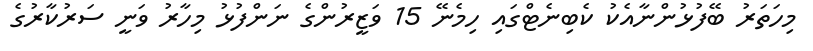
މިހަތަރު ބޭފުޅުންނާއެކު ކެބިނެޓްގައި ހިމެނޭ 15 ވަޒީރުންގެ ނަންފުޅު މިހާރު ވަނީ ސަރުކާރުގެ